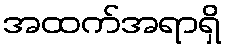
အထက်အရာရှိ